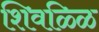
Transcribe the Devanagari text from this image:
शिवळ्ळि